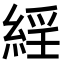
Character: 𦁍